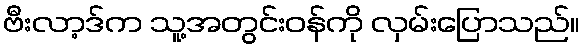
ဗီးလာ့ဒ်က သူ့အတွင်းဝန်ကို လှမ်းပြောသည်။